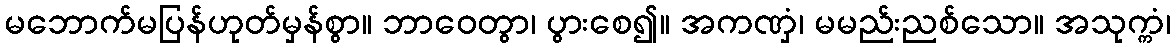
မဘောက်မပြန်ဟုတ်မှန်စွာ။ ဘာဝေတွာ၊ ပွားစေ၍။ အကဏှံ၊ မမည်းညစ်သော။ အသုက္ကံ၊